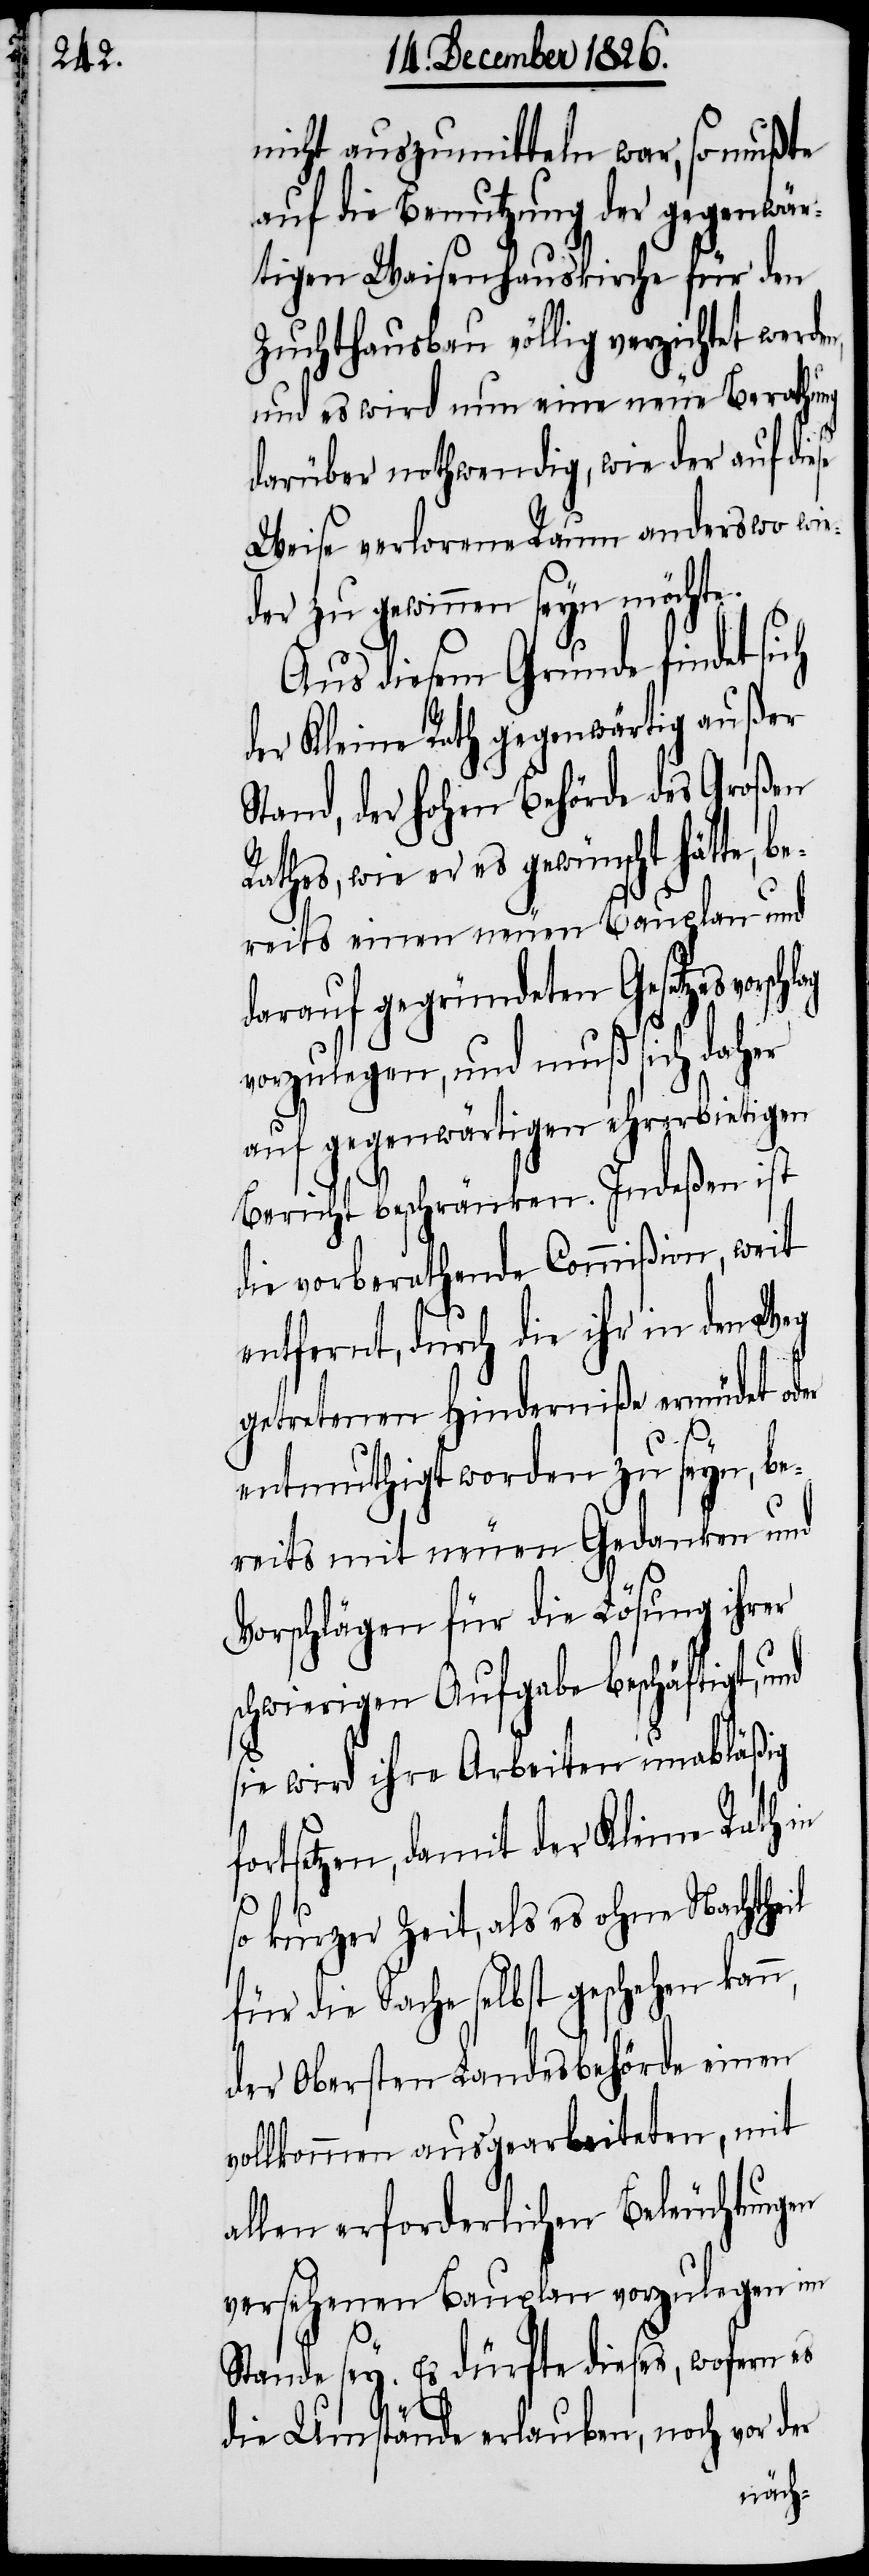
nicht auszumitteln war, so mußte
auf die Benutzung der gegenwär¬
tigen Waisenhauskirche für den
Zuchthausbau völlig verzichtet werden,
und es wird nun eine neue Berathung
darüber nothwendig, wie der auf diese
Weise verlorene Raum anderswo wie¬
der zu gewinnen seyn möchte.
Aus diesem Grunde findet
der Kleine Rath gegenwärtig außer
Stand, der hohen Behörde des Großen
Rathes, wie er es gewünscht hätte, be¬
reits einen neuen Bauplan und
darauf gegründeten Gesetzesvors¬
vorzulegen, und muß sich daher
auf gegenwärtigen ehrerbietigen
Bericht beschränken. Indeßen ist
die vorberathende Commißion, weit
entfernt, durch die ihr in den Weg
getretenen Hinderniße ermüdet oder
s¬
entmuthigt worden zu seyn, be¬
reits mit neuen Gedanken und
Vorschlägen für die Lösung ihrer
chwierigen Aufgabe beschäftigt,
sie wird ihre Arbeiten unabläßig
fortsetzen, damit der Kleine Rath in
so kurzer Zeit, als es ohne Nachtheil
für die Sache selbst geschehen kann,
der Obersten Landesbehörde einen
vollkommen ausgearbeiteten, mit
allen erforderlichen Beleuchtungen
versehenen Bauplan vorzulegen im
Stande sey. Es dürfte dieses, wofern es
chlag
die Umstände erlauben, noch vor der